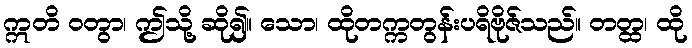
ဣတိ ဝတွာ၊ ဤသို့ ဆို၍။ သော၊ ထိုတက္ကတွန်းပရိဗိုဇ်သည်။ တတ္ထ၊ ထို